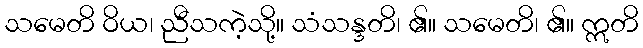
သမေတိ ဝိယ၊ ညီသကဲ့သို့။ သံသန္ဒတိ၊ ၏။ သမေတိ၊ ၏။ ဣတိ